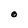
Character: O